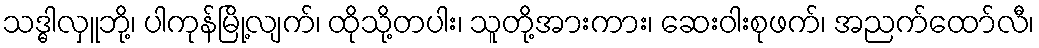
သဒ္ဓါလှူဘို့၊ ပါကုန်မြို့လျက်၊ ထိုသို့တပါး၊ သူတို့အားကား၊ ဆေးဝါးစုဖက်၊ အညက်ထော်လီ၊